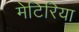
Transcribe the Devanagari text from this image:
मेटिरिया